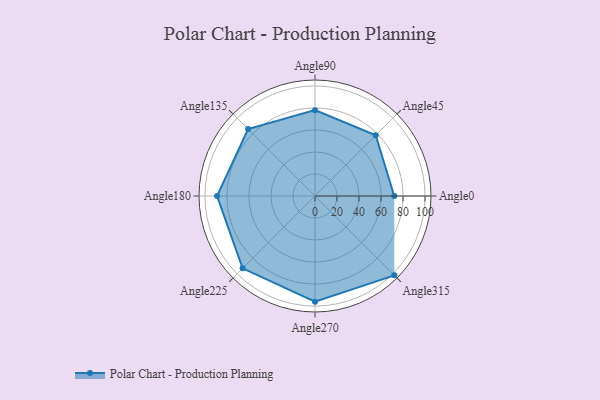
{"axis": {"x": "Angle", "y": "Radius"}, "legend": [""], "data": [{"x": "Angle0", "y": 72.0, "type": ""}, {"x": "Angle45", "y": 78.0, "type": ""}, {"x": "Angle90", "y": 78.0, "type": ""}, {"x": "Angle135", "y": 86.0, "type": ""}, {"x": "Angle180", "y": 89.0, "type": ""}, {"x": "Angle225", "y": 93.0, "type": ""}, {"x": "Angle270", "y": 96.0, "type": ""}, {"x": "Angle315", "y": 102.0, "type": ""}]}